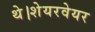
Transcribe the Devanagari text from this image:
थे।शेयरवेयर